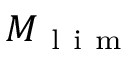
M _ { \mathrm { ~ l ~ i ~ m ~ } }